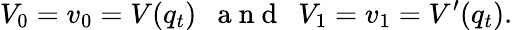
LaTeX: V_{0}=v_{0}=V(q_{t})\mathrm{~\ \ a~n~d~\ \ }V_{1}=v_{1}=V^{\prime}(q_{t}).